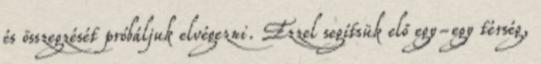
és összegzését próbáljuk elvégezni. Ezzel segítsük elő egy-egy térség,